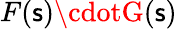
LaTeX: F(\mathsf{s})\cdotG(\mathsf{s})